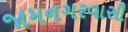
જામનગરવાસી